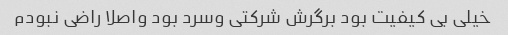
خیلی بی کیفیت بود برگرش شرکتی وسرد بود واصلا راضی نبودم